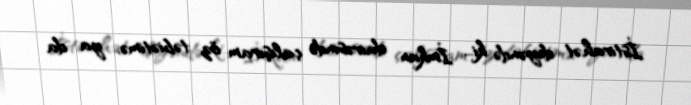
İstirahət deyəndə ki... İmkan dairəsində çalışıram öz təbiətimə, ya da